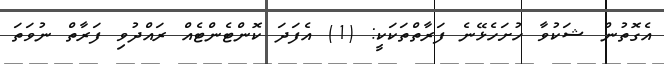
އެގޮތުން ޝަކުވާ ހުށަހެޅޭނެ ފަރާތްތަކަަކީ: (1) އެފަދަ ކޮންޓެންޓެއް ރައްދުވި ފަރާތް ނުވަތަ